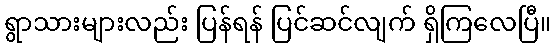
ရွာသားများလည်း ပြန်ရန် ပြင်ဆင်လျက် ရှိကြလေပြီ။